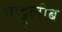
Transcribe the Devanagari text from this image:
गोट्ट्लीब